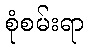
စုံစမ်းရာ